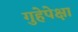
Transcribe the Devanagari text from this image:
गुहेपेक्षा